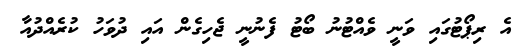
އެ ރިޕޯޓުގައި ވަނީ ވެއްޓުނު ބޯޓު ފެނުނީ ޖެހިގެން އައި ދުވަހު ކުރެއްދުއާ